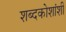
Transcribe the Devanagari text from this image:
शब्दकोशांशी